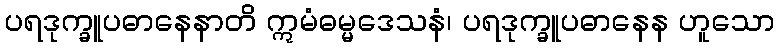
ပရဒုက္ခူပဓာနေနာတိ ဣမံဓမ္မဒေသနံ၊ ပရဒုက္ခူပဓာနေန ဟူသော